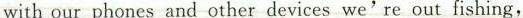
with our phones and other devices we're out fishing,